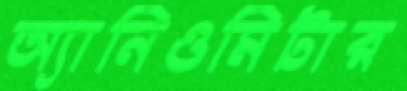
অ্যানিওমিটার